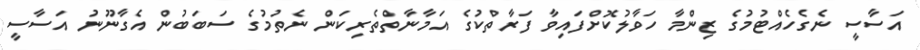
އަސާސީ ނެގެހެއްޓުމުގެ ޒިންމާ ހަވާލުކޮށްފައިވާ ފަރާތްކުގެ އަމާނާތްތެރިކަން ނެތުމުގެ ސަބަބުން އެގާނޫނު އަސާސީ